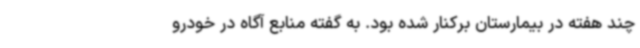
چند هفته در بیمارستان برکنار شده بود. به گفته منابع آگاه در خودرو